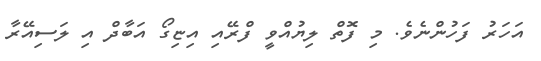
އަހަރު ފަހުންނެވެ. މި ފޮތް ލިޔުއްވީ ފްރޭއި އިޏިގޯ އަބާދް އި ލަސިއޭރާ